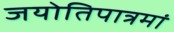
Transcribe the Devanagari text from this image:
जयोतिपात्रमां